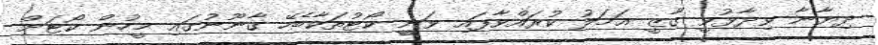
ދިޔާނާ ވިދާޅުވީ ގާޒީ އަމަލު ކުރައްވާފައި ވަނީ ކޯޓުތަކާބެހޭ ގާނޫނުގައި މީހުން ކޯޓަށް